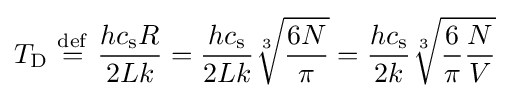
T_{\rm {D}}\ {\stackrel {\mathrm {def} }{=}}\ {hc_{\rm {s}}R \over 2Lk}={hc_{\rm {s}} \over 2Lk}{\sqrt[{3}]{6N \over \pi }}={hc_{\rm {s}} \over 2k}{\sqrt[{3}]{{6 \over \pi }{N \over V}}}